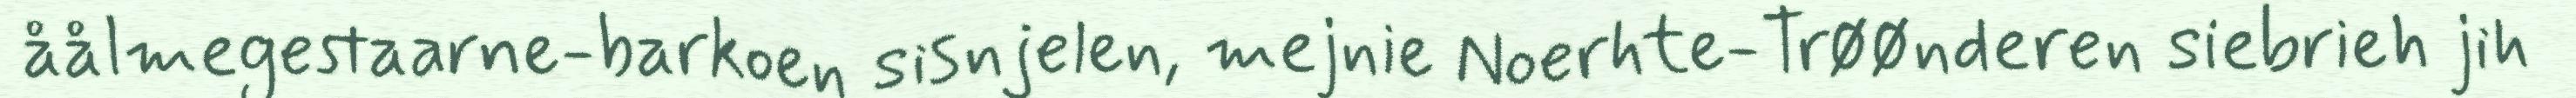
åålmegestaarne-barkoen sisnjelen, mejnie Noerhte-Trøønderen siebrieh jih